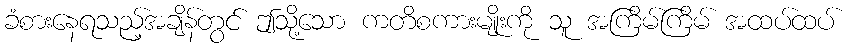
ခံစားနေရသည့်အချိန်တွင် ဤသို့သော ကတိစကားမျိုးကို သူ အကြိမ်ကြိမ် အထပ်ထပ်